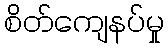
စိတ်ကျေနပ်မှု